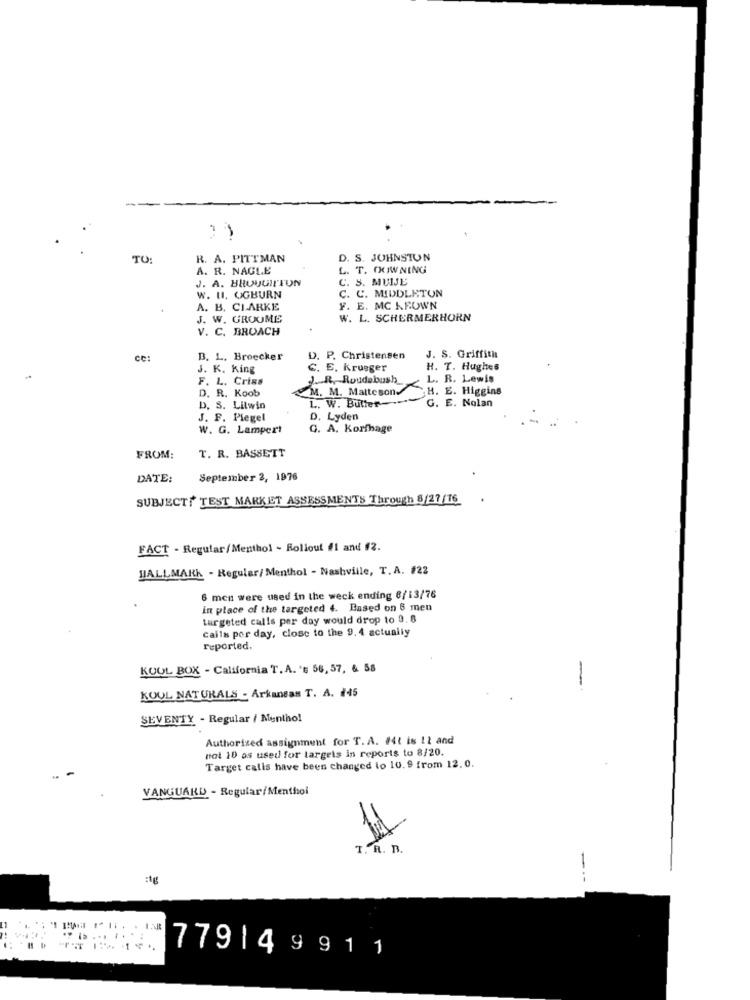
TO:
R. A. PITTMAN
. S. JOHNSTON
A. R. NAGLE
L. T. OOWNING
J. A. BRUVUITTON
C. S. MUNJE
C. C. MIDDLETON
W. UI. OGBURN
A. B. CLARKE
F. E. MC KEOWN
J. W. GROUME
W. L. SCHERMERHORN
V. C. BROACH
ce:
B. L. Broecker
D. P. Christensen
J. S. Griffith
J. K. King
C. E. Krueger
H. T. Hughes
F. L. Criss
J. R. Roudebush
L. R. Lewis
M. M. Matteson
H. E. Higgins
D. R. Koob
L. W. Butter -= "
G. E. Nolan
D. S. Litwin
J. F. Piegel
D. Lyden
w. G. Lampert
G. A. Korfhage
T. R. BASSETT
FROM:
DATE:
September 2, 1976
SUBJECT: TEST MARKET ASSESSMENTS Through 8/27/76
FACT - Regular/Menthol - Rollout #1 and 12.
HALLMARK - Regular/ Menthol - Nashville, T.A. #22
6 men were used in the weck ending 8/13/76
in place of the targeted 4. Based on 6 men
targeted calls per day would drop to 9.8
calls per day, close to the 9.4 actually
reported.
KOOL BOX - California T. A. 's 56, 57, & 58
KOUL NATURALS - Arkansas T. A. #45
SEVENTY - Regular / Menthol
Authorized assignment for T. A. #41 is 12 and
not 10 os used for targets in reports to 8/20.
Target calls have been changed lo 10.9 from 12.0.
VANGUARD - Regular/Menthol
T. R. n.
:tg
---
.. ..
779149911